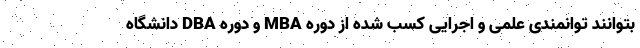
بتوانند توانمندی علمی و اجرایی کسب شده از دوره‌ MBA و دوره DBA دانشگاه